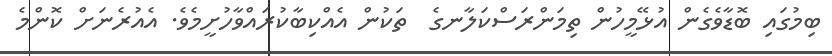
ބިމުގައި ބޮޑާވެގެން އުޅޭމީހުން ތިމަންރަސްކަލާނގެ  ތަކުން އެއްކިބާކުރައްވާހުށީމެވެ. އެއުރެނަށް ކޮންމެ